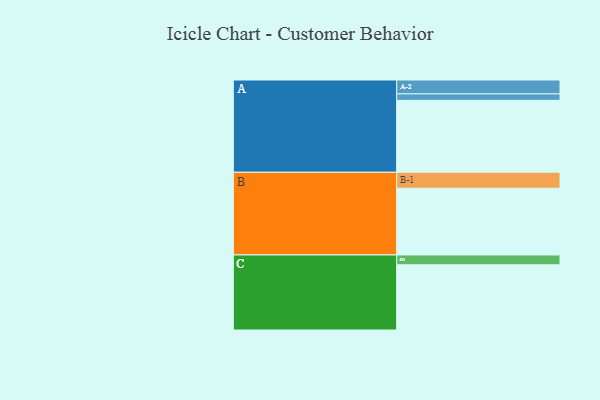
{"axis": {"x": "Segment", "y": "Value"}, "legend": ["", "A", "B", "C"], "data": [{"x": "A", "y": 600, "type": ""}, {"x": "B", "y": 557, "type": ""}, {"x": "C", "y": 544, "type": ""}, {"x": "A-1", "y": 54, "type": "A"}, {"x": "A-2", "y": 116, "type": "A"}, {"x": "B-1", "y": 133, "type": "B"}, {"x": "C-1", "y": 82, "type": "C"}]}